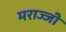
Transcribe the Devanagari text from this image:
मराज्जी